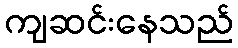
ကျဆင်းနေသည်